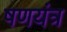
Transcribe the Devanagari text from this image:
षणयंत्र